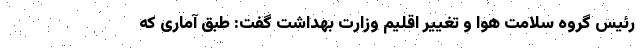
رئیس گروه سلامت هوا و تغییر اقلیم وزارت بهداشت گفت: طبق آماری که